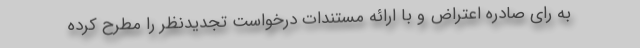
به رای صادره اعتراض و با ارائه مستندات درخواست تجدیدنظر را مطرح کرده